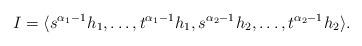
LaTeX: \begin{align*}I = \langle s^{\alpha_1-1}\hskip.5pt h_1, \dots,t^{\alpha_1-1}\hskip.5pt h_1,s^{\alpha_2-1}\hskip.5pth_2,\dots,t^{\alpha_2-1}\hskip.5pt h_2\rangle.\end{align*}